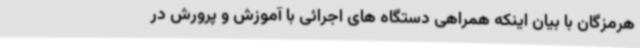
هرمزگان با بیان اینکه همراهی دستگاه های اجرائی با آموزش و پرورش در